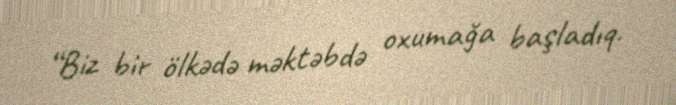
“Biz bir ölkədə məktəbdə oxumağa başladıq.